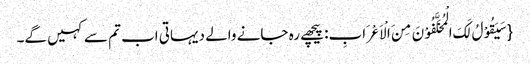
{سَیَقُوْلُ لَکَ الْمُخَلَّفُوْنَ مِنَ الْاَعْرَابِ: پیچھے رہ جانے والے دیہاتی اب تم سے کہیں گے۔